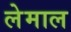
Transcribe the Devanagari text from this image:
लेमाल